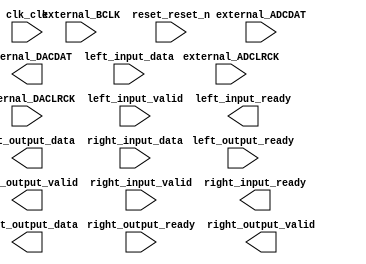

module Audio (
	clk_clk,
	external_ADCDAT,
	external_ADCLRCK,
	external_BCLK,
	external_DACDAT,
	external_DACLRCK,
	left_input_data,
	left_input_valid,
	left_input_ready,
	left_output_ready,
	left_output_data,
	left_output_valid,
	reset_reset_n,
	right_input_data,
	right_input_valid,
	right_input_ready,
	right_output_ready,
	right_output_data,
	right_output_valid);	

	input		clk_clk;
	input		external_ADCDAT;
	input		external_ADCLRCK;
	input		external_BCLK;
	output		external_DACDAT;
	input		external_DACLRCK;
	input	[15:0]	left_input_data;
	input		left_input_valid;
	output		left_input_ready;
	input		left_output_ready;
	output	[15:0]	left_output_data;
	output		left_output_valid;
	input		reset_reset_n;
	input	[15:0]	right_input_data;
	input		right_input_valid;
	output		right_input_ready;
	input		right_output_ready;
	output	[15:0]	right_output_data;
	output		right_output_valid;
endmodule